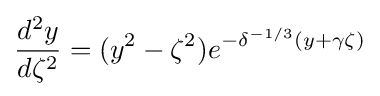
{\frac {d^{2}y}{d\zeta ^{2}}}=(y^{2}-\zeta ^{2})e^{-\delta ^{-1/3}(y+\gamma \zeta )}